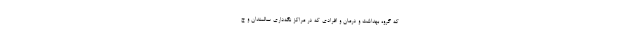
که گروه بهداشت و درمان و افرادی که در مراکز نگه‌داری سالمندان و ج